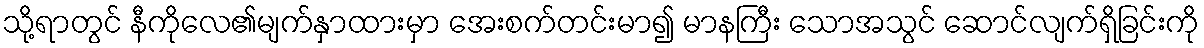
သို့ရာတွင် နီကိုလေ၏မျက်နှာထားမှာ အေးစက်တင်းမာ၍ မာနကြီး သောအသွင် ဆောင်လျက်ရှိခြင်းကို